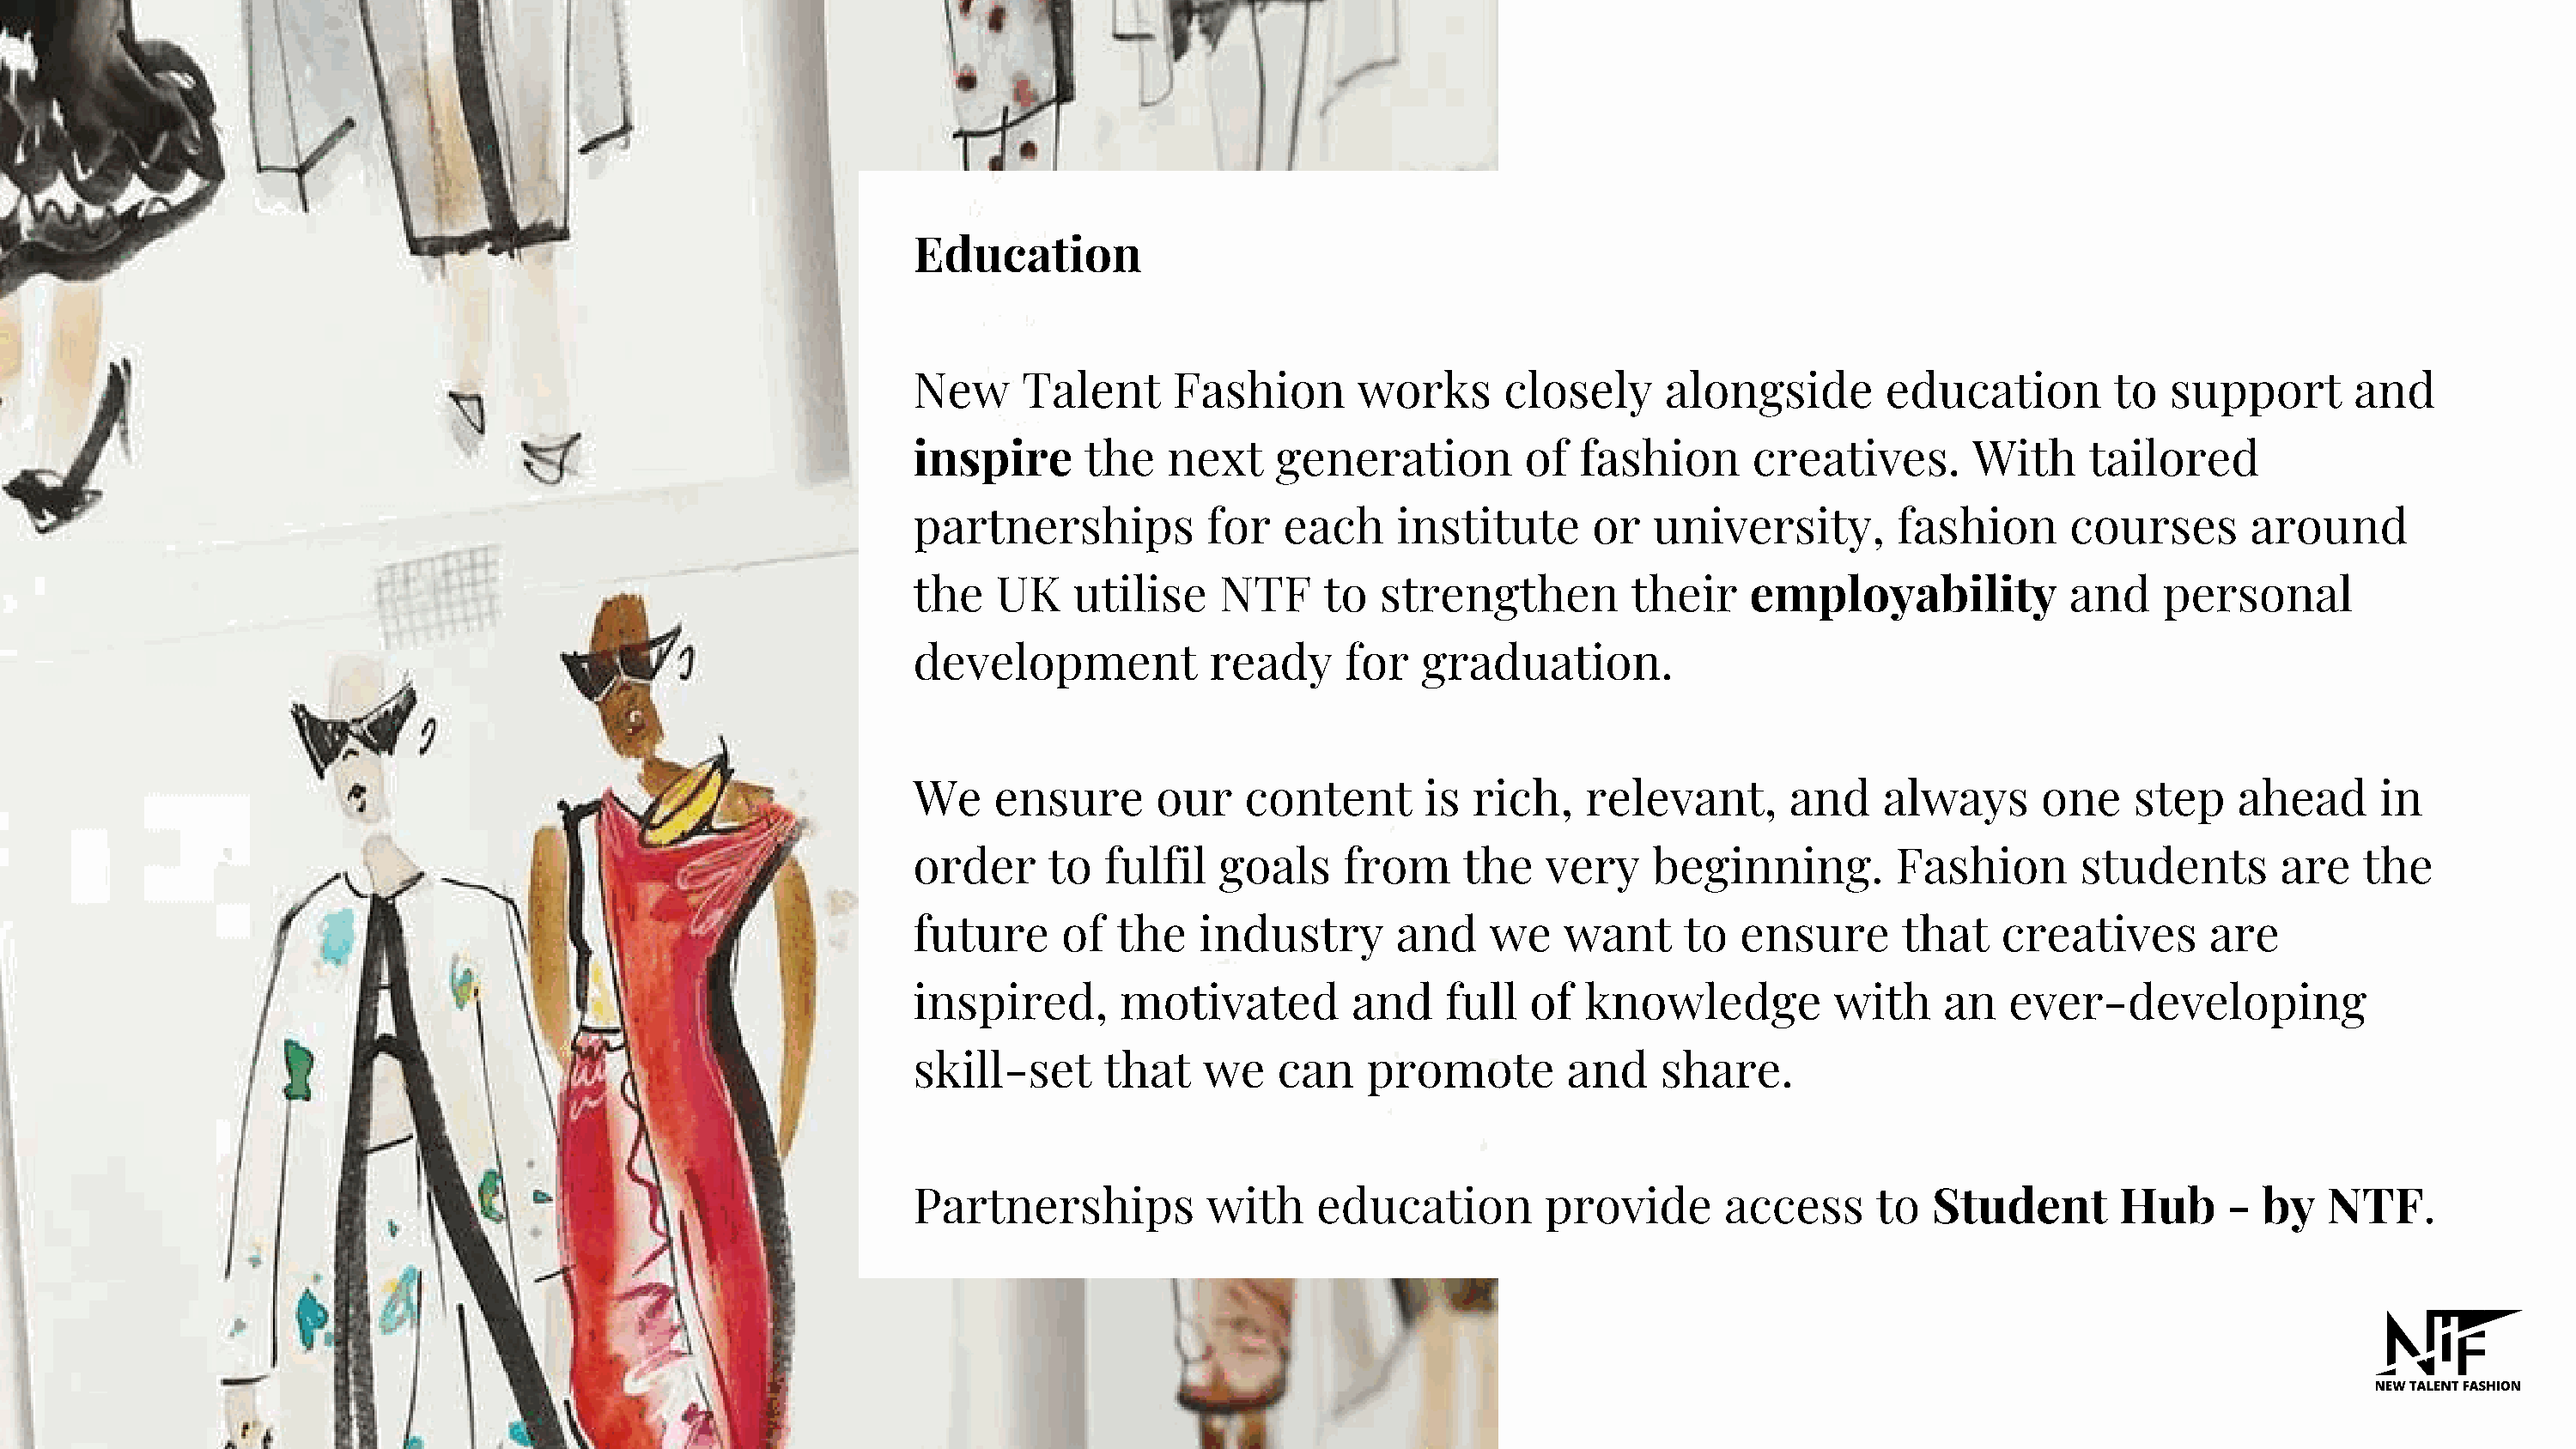
Education
 New      Talent     Fashion        works      closely     alongside        education         to  support       and
 inspire       the   next    generation          of  fashion      creatives.       With     tailored
 partnerships           for   each     institute      or  university,        fashion       courses      around
 the    UK    utilise    NTF     to  strengthen          their    employability            and    personal
 development            ready      for   graduation.
 We     ensure      our    content       is  rich,   relevant,       and    always      one    step     ahead     in
 order      to  fulfil   goals     from     the   very    beginning.         Fashion       students        are   the
 future      of  the   industry        and    we    want     to  ensure       that   creatives       are
 inspired,       motivated         and    full   of  knowledge          with     an   ever-developing
 skill-set      that    we   can    promote         and    share.
 Partnerships           with    education         provide       access      to  Student       Hub      - by   NTF.